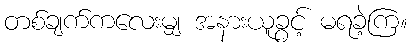
တစ်ချက်ကလေးမျှ အနားယူခွင့် မရခဲ့ကြ။